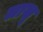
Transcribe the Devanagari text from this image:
लाखू